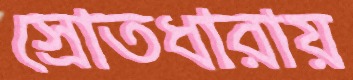
স্রোতধারায়